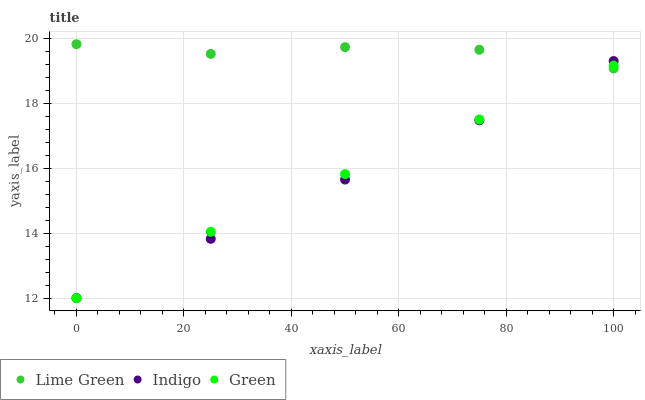
| xaxis_label | Lime Green | Indigo | Green |
 | --- | --- | --- | --- |
 | 0 | 19.8 | 12 | 12 |
 | 25 | 19.5 | 13.8 | 14 |
 | 50 | 19.7 | 15.7 | 15.8 |
 | 75 | 19.7 | 17.5 | 17.5 |
 | 100 | 19.1 | 19.3 | 19.2 |